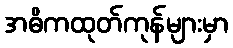
အဓိကထုတ်ကုန်များမှာ